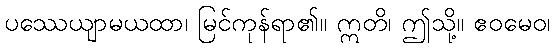
ပဿေယျာမယထာ၊ မြင်ကုန်ရာ၏။ ဣတိ၊ ဤသို့။ ဧဝမေဝ၊